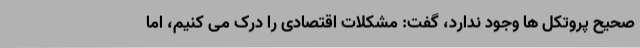
صحیح پروتکل ها وجود ندارد، گفت: مشکلات اقتصادی را درک می کنیم، اما